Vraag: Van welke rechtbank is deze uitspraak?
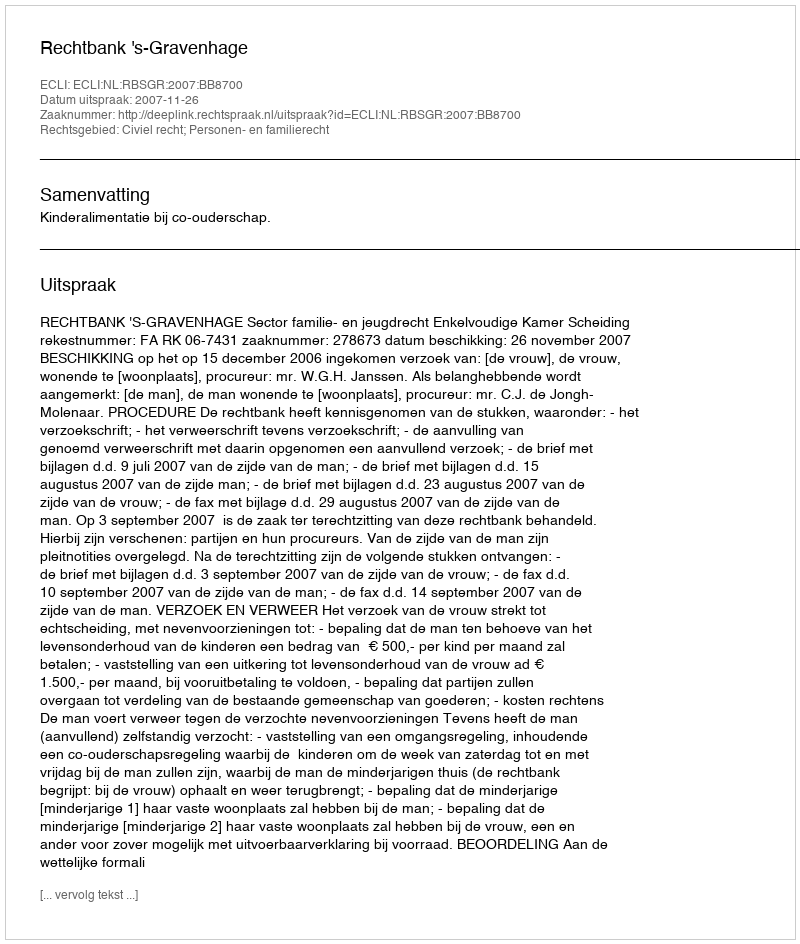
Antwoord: Rechtbank 's-Gravenhage